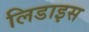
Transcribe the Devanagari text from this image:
लिडाइस